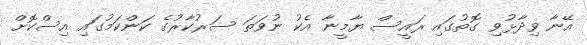
އޭނާ ވިދާޅުވި ގޮތުގައި ރައީސް ޔާމީނާ އެކު ނުވަތަ ސަރުކާރުގެ ކަންކަމުގައި އިސްކޮށް